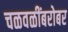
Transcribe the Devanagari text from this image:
चळवळींबरोबर